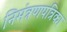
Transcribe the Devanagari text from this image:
निमंत्रणपत्रिका